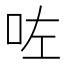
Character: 咗